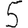
Digit: 5